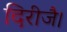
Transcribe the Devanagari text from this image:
दिरीजै।